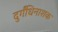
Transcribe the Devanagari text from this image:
दुर्गंधिनाशक